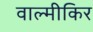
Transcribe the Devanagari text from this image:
वाल्मीकिर